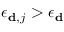
{ \epsilon _ { { \bf { d } } , j } } > { \epsilon _ { \bf { d } } }